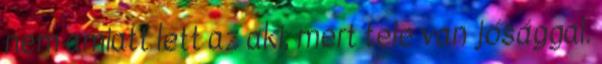
nem amiatt lett az aki, mert tele van jósággal.